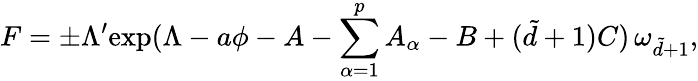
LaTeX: F=\pm\Lambda^{\prime}\mathrm{exp}(\Lambda-a\phi-A-\sum_{\alpha=1}^{p}A_{\alpha}-B+(\tilde{d}+1)C)\, \omega_{\tilde{d}+1},